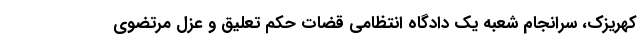
کهریزک، سرانجام شعبه یک دادگاه انتظامی قضات حکم تعلیق و عزل مرتضوی